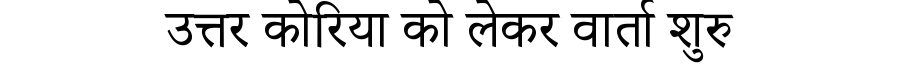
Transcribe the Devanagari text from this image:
उत्तर कोरिया को लेकर वार्ता शुरु